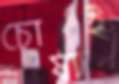
চোষাই